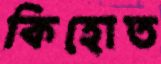
কিহোত